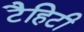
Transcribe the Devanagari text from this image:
टैहिटी